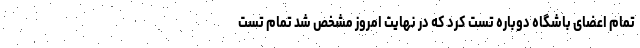
تمام اعضای باشگاه دوباره تست کرد که در نهایت امروز مشخص شد تمام تست